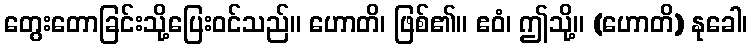
တွေးတောခြင်းသို့ပြေးဝင်သည်။ ဟောတိ၊ ဖြစ်၏။ ဧဝံ၊ ဤသို့။ (ဟောတိ) နုခေါ၊